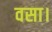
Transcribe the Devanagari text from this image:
वसा।